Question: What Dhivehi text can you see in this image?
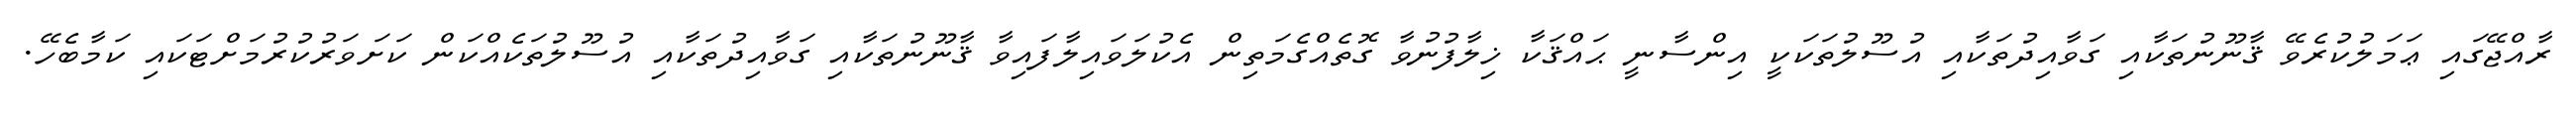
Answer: ރާއްޖޭގައި ޢަމަލުކުރެވޭ ޤާނޫނުތަކާއި ގަވާއިދުތަކާއި އުސޫލުތަކަކީ އިންސާނީ ޙައްޤަކާ ޚިލާފުނުވާ ގޮތެއްގެމަތިން އެކުލަވައިލާފައިވާ ޤާނޫނުތަކާއި ގަވާއިދުތަކާއި އުސޫލުތަކެއްކަން ކަށަވަރުކުރުމަށްޓަކައި ކަމާބެހޭ.